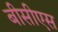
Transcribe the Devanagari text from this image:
बीसीएस